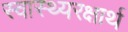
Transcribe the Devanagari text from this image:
स्वास्थ्यरक्षार्थ